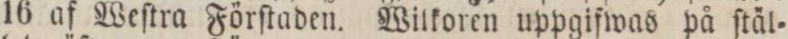
16 af Weſtra Förſtaden. Wilkoren uppgifwas på ſtäl=